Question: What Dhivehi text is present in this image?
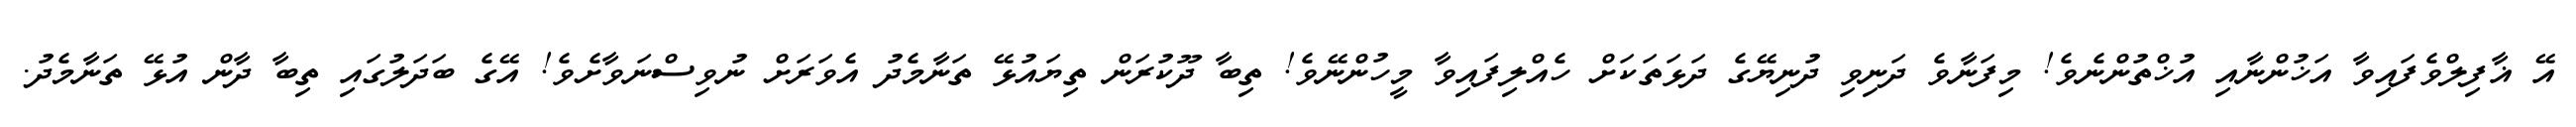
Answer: އޭ ޣާފިލްވެފައިވާ އަޚުންނާއި އުޚްތުންނެވެ! މިފަނާވެ ދަނިވި ދުނިޔޭގެ ދަޅަތަކަށް ހެއްލިފައިވާ މީހުންނޭވެ! ތިބާ ދޫކުރަން ތިޔައުޅޭ ތަނާމެދު އެވަރަށް ނުވިސްނަވާށެވެ! އޭގެ ބަދަލުގައި ތިބާ ދާން އުޅޭ ތަނާމެދު.